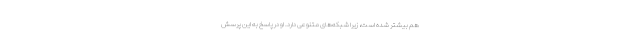
هم بیشتر شده است، زیرا شبکه‌های متنوعی دارد. او در پاسخ به این پرسش